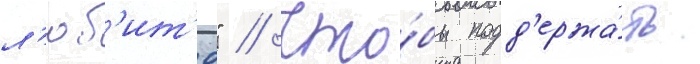
л'юб'ит'е" // Что́бы подд'ержа́ть